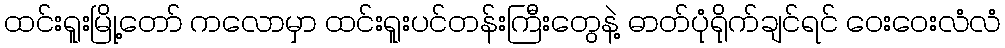
ထင်းရူးမြို့တော် ကလောမှာ ထင်းရူးပင်တန်းကြီးတွေနဲ့ ဓာတ်ပုံရိုက်ချင်ရင် ဝေးဝေးလံလံ